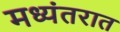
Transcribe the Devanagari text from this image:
मध्यंतरात